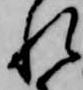
れ